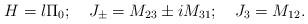
LaTeX: \begin{align*}H = l \Pi_0; \quad J_{\pm} = M_{23} \pm i M_{31}; \quad J_3 =M_{12}.\end{align*}